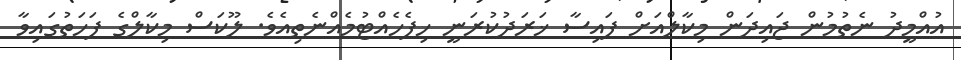
އުއްމީދު ނެތުމުން ޖައިދަން މިކާލްއަށް ފައިސާ ޚަރަދުކުރަނީ ހިފެހެއްޓުމެއްނެތިއެވެ. ލޫކަސް މިކާލްގެ ފަހަތުގައިވާ